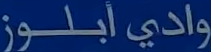
واديأبلوز